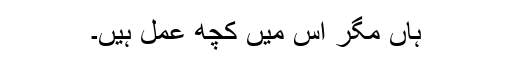
ہاں مگر اس میں کچھ عمل ہیں۔